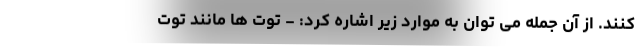
کنند. از آن جمله می توان به موارد زیر اشاره کرد: - توت ها مانند توت